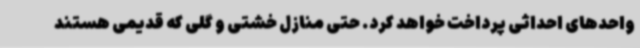
واحدهای احداثی پرداخت خواهد کرد. حتی منازل خشتی و گلی که قدیمی هستند